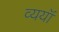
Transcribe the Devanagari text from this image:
व्ययॉ